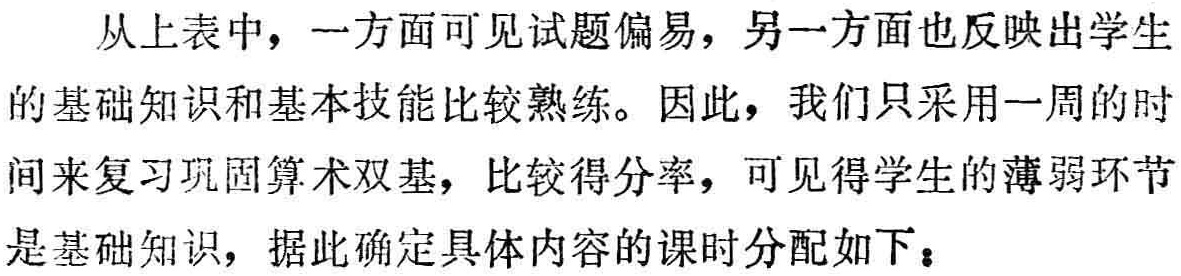
从上表中，一方面可见试题偏易，另一方面也反映出学生

的基础知识和基本技能比较熟练。因此，我们只采用一周的时

间来复习巩固算术双基，比较得分率，可见得学生的薄弱环节

是基础知识，据此确定具体内容的课时分配如下：